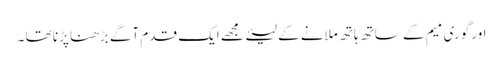
اور گوری میم کے ساتھ ہاتھ ملانے کے لیئے مجھے ایک قدم آگے بڑھنا پڑنا تھا ۔